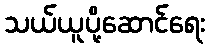
သယ်ယူပို့ဆောင်ရေး